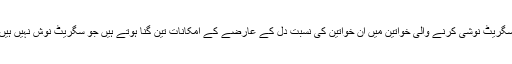
سگریٹ نوشی کرنے والی خواتین میں ان خواتین کی نسبت دل کے عارضے کے امکانات تین گنا ہوتے ہیں جو سگریٹ نوش نہیں ہیں۔